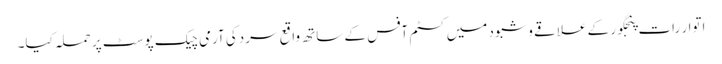
اتوار رات پنجگور کے علاقے وشبود میں کسٹم آفس کے ساتھ واقع سردکی آرمی چیک پوسٹ پر حملہ کیا۔